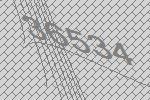
36534